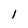
Character: l